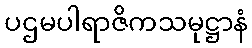
ပဌမပါရာဇိကသမုဋ္ဌာနံ